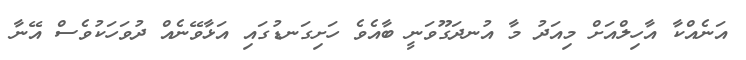
އަނެއްކާ އާހިލްއަށް މިއަދު މާ އުނދަގޫވަނީ ބާއެވެ ހަށިގަނޑުގައި އަޅާވޭނެއް ދުވަހަކުވެސް އޭނާ